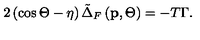
2 \left( \cos \Theta - \eta \right) \tilde { \Delta } _ { F } \left( \mathbf { p } , \Theta \right) = - T \Gamma .